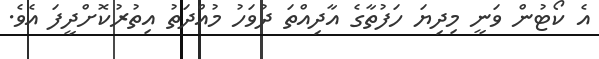
އެ ކޯޓުން ވަނީ މިދިޔަ ހަފުތާގެ އާދިއްތަ ދުވަހު މުއްދަތު އިތުރުކޮށްދީފަ އެވެ.